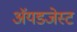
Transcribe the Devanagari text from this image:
ॲयडजेस्ट